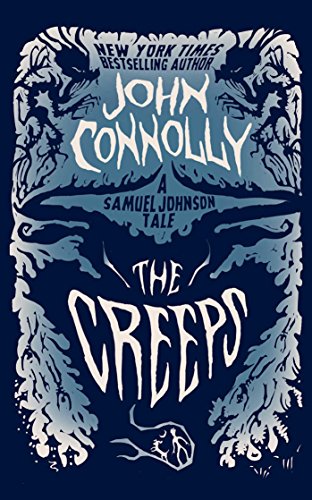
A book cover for The Creeps: A Samuel Johnson Tale (The Samuel Johnson Series); John Connolly; Literature & Fiction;